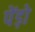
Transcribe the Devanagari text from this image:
पेंड़ो